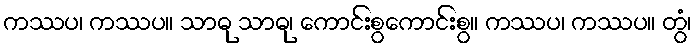
ကဿပ၊ ကဿပ။ သာဓု သာဓု၊ ကောင်းစွကောင်းစွ။ ကဿပ၊ ကဿပ။ တွံ၊